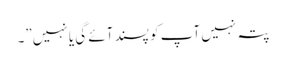
پتہ نہیں آپ کو پسند آئے گی یا نہیں”۔